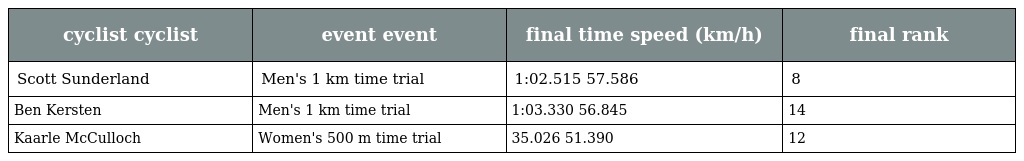
| cyclist cyclist | event event | final time speed (km/h) | final rank |
 | --- | --- | --- | --- |
 | Scott Sunderland | Men's 1 km time trial | 1:02.515 57.586 | 8 |
 | Ben Kersten | Men's 1 km time trial | 1:03.330 56.845 | 14 |
 | Kaarle McCulloch | Women's 500 m time trial | 35.026 51.390 | 12 |